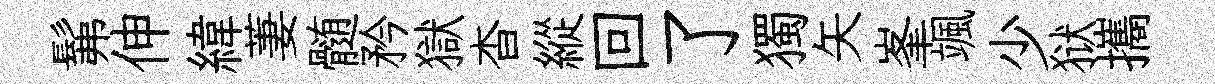
髴伸緯萋髄矜獄杳縱回了獨矢峯颯少狱攜